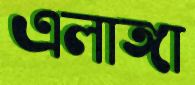
এলাঙ্গা